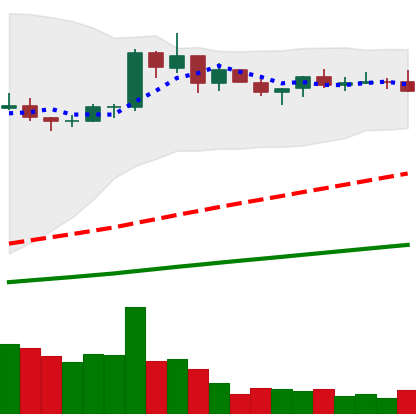
Ticker: BNB-USD
Chart end date: 2021-03-22
Forward return: 5.159%
Label: up_5_7